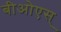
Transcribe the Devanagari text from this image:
बीओएस्